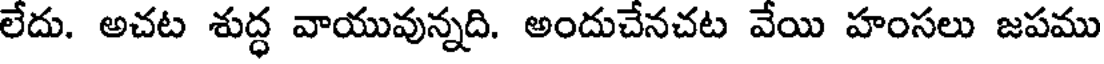
లేదు. అచట శుద్ధ వాయువున్నది. అందుచేనచట వేయి హంసలు జపము